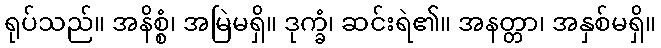
ရုပ်သည်။ အနိစ္စံ၊ အမြဲမရှိ။ ဒုက္ခံ၊ ဆင်းရဲ၏။ အနတ္တာ၊ အနှစ်မရှိ။